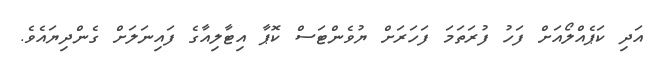
އަދި ކަޕެއްލޯއަށް ފަހު ފުރަތަމަ ފަހަރަށް ޔުވެންޓަސް ކޮޕާ އިޓާލިއާގެ ފައިނަލަށް ގެންދިޔައެވެ.